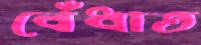
বেঁধাত